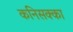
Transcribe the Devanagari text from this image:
कनिसक्का